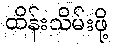
ထိန်းသိမ်းဖို့